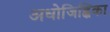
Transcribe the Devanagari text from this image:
अधोजिह्विका